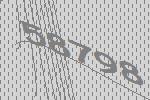
58798